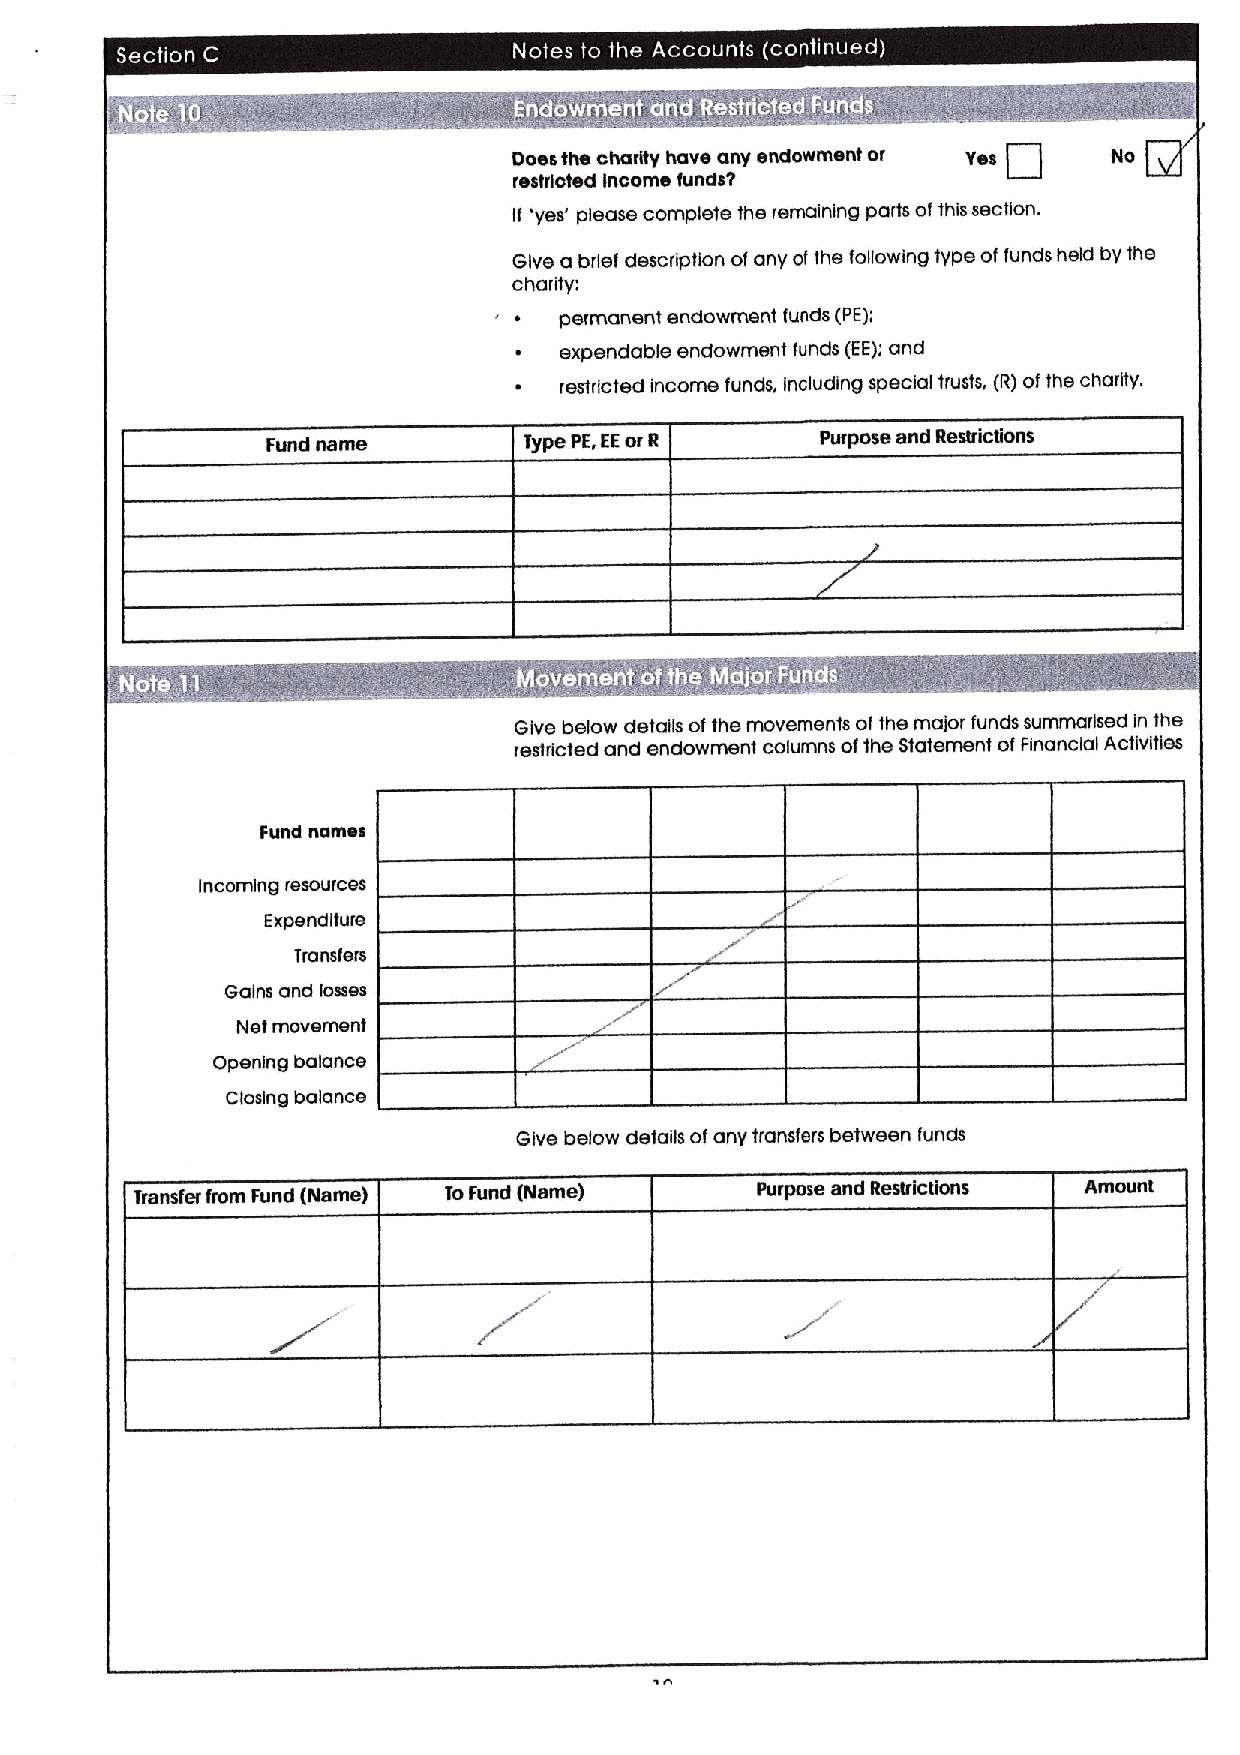
~   ~
 e - I
 Does the charity have any endowment or Yes No
 restricted Income functus
 If 'yes' please complete the remaining parts ofthis section.
 Give a brief description ofany ofthe following type offunds held by the
 charity,
 permanent endowment funds (PE);
 expendable endowment funds (EE)iand
 ~  restricted income funds, including special trusts, (R)ofthe charity.
 Fund name        Type PE,EEor R     Purpose and Restrictions
 .
 ~ - -  ~     e a
 Give below details ofthe movements of the major funds summarised In the
 restricted and endowment columns ofthe Statement ofFinancial Activities
 Fund comes
 Incoming resources
 Expenditure
 Transfers
 Gains and losses
 Net movement
 Opening balance
 Closing balance
 Give below details ofany transferr between funds
 Transfer from Fund (Name) ToFund (Name)  Purpose and Restrictions Amount